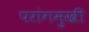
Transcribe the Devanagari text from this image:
परांगमुखी